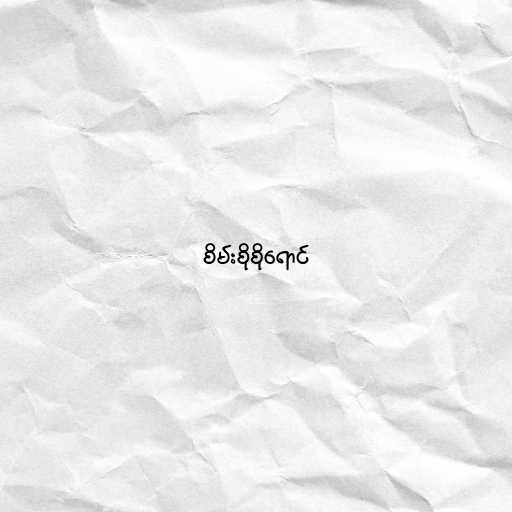
စိမ်းစိုစိုရောင်